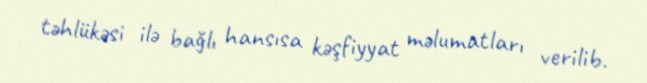
təhlükəsi ilə bağlı hansısa kəşfiyyat məlumatları verilib.